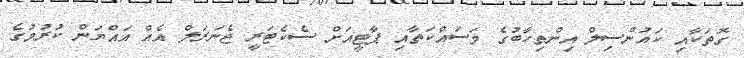
ގޮތަކާއި ކައުންސިލް އިންތިހާބުގެ މަސައްކަތާއި ޕާޓީއަށް ސެކެޓަރީ ޖެނަރަލް އެއް އައްޔަން ކުރުމުގެ